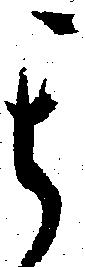
其